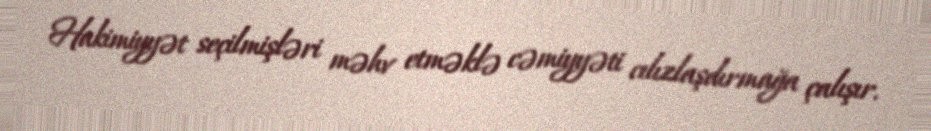
Hakimiyyət seçilmişləri məhv etməklə cəmiyyəti cılızlaşdırmağa çalışır.